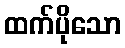
ထက်ပိုသော